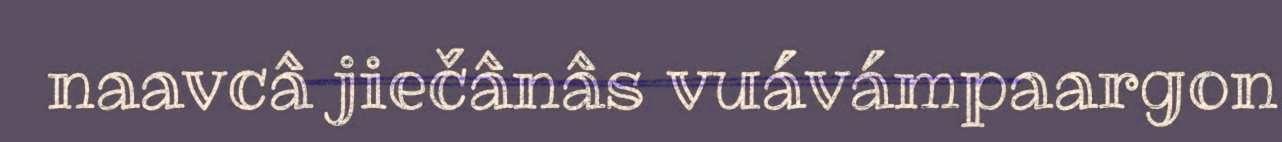
naavcâ jiečânâs vuávámpaargon